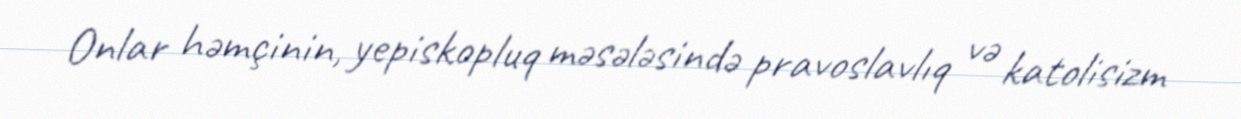
Onlar həmçinin, yepiskopluq məsələsində pravoslavlıq və katolisizm